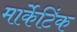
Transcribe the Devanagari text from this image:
मार्केटिंक